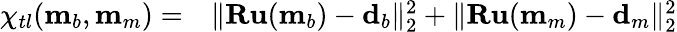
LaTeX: \begin{array}{rl}{\chi_{tl}(\mathbf{m}_{b},\mathbf{m}_{m})=}&{{}\| \mathbf{Ru}(\mathbf{m}_{b})-\mathbf{d}_{b}\| _{2}^{2}+\| \mathbf{Ru}(\mathbf{m}_{m})-\mathbf{d}_{m}\| _{2}^{2}}\end{array}